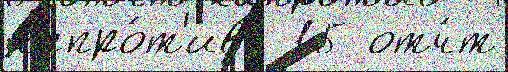
напро́т'ив  15 отч́т